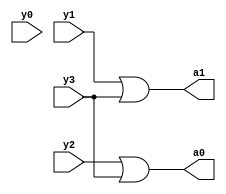


module encoder_struct(a0,a1,y0,y1,y2,y3);
output  a0,a1;
input  y0,y1,y2,y3;
or(a1,y1,y3);
or(a0,y2,y3);
endmodule